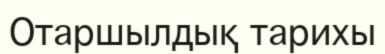
Отаршылдық тарихы